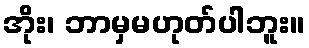
အိုး၊ ဘာမှမဟုတ်ပါဘူး။